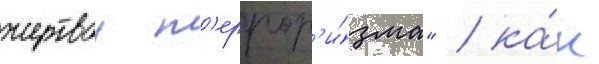
жертвои т'еррор'и́зма" / ка́к